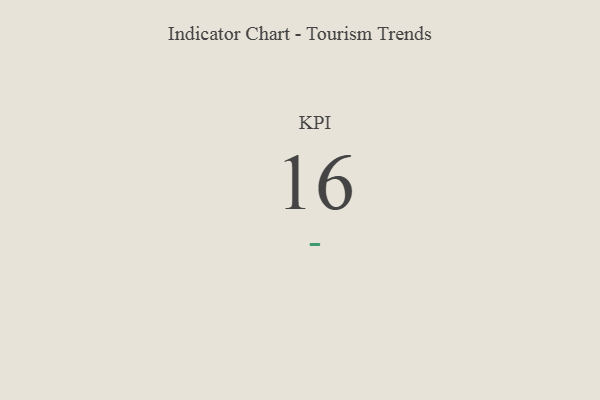
{"axis": {"x": "KPI", "y": "Value"}, "legend": [""], "data": [{"x": "KPI", "y": 16, "type": ""}]}